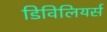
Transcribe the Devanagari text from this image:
डिविलियर्स